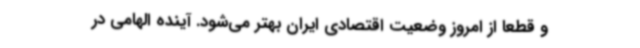
و قطعاً از امروز وضعیت اقتصادی ایران بهتر می‌شود. آینده الهامی در